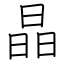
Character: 晶